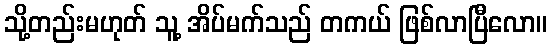
သို့တည်းမဟုတ် သူ့ အိပ်မက်သည် တကယ် ဖြစ်လာပြီလော။